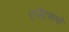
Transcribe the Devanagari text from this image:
एजेंटसत्वो